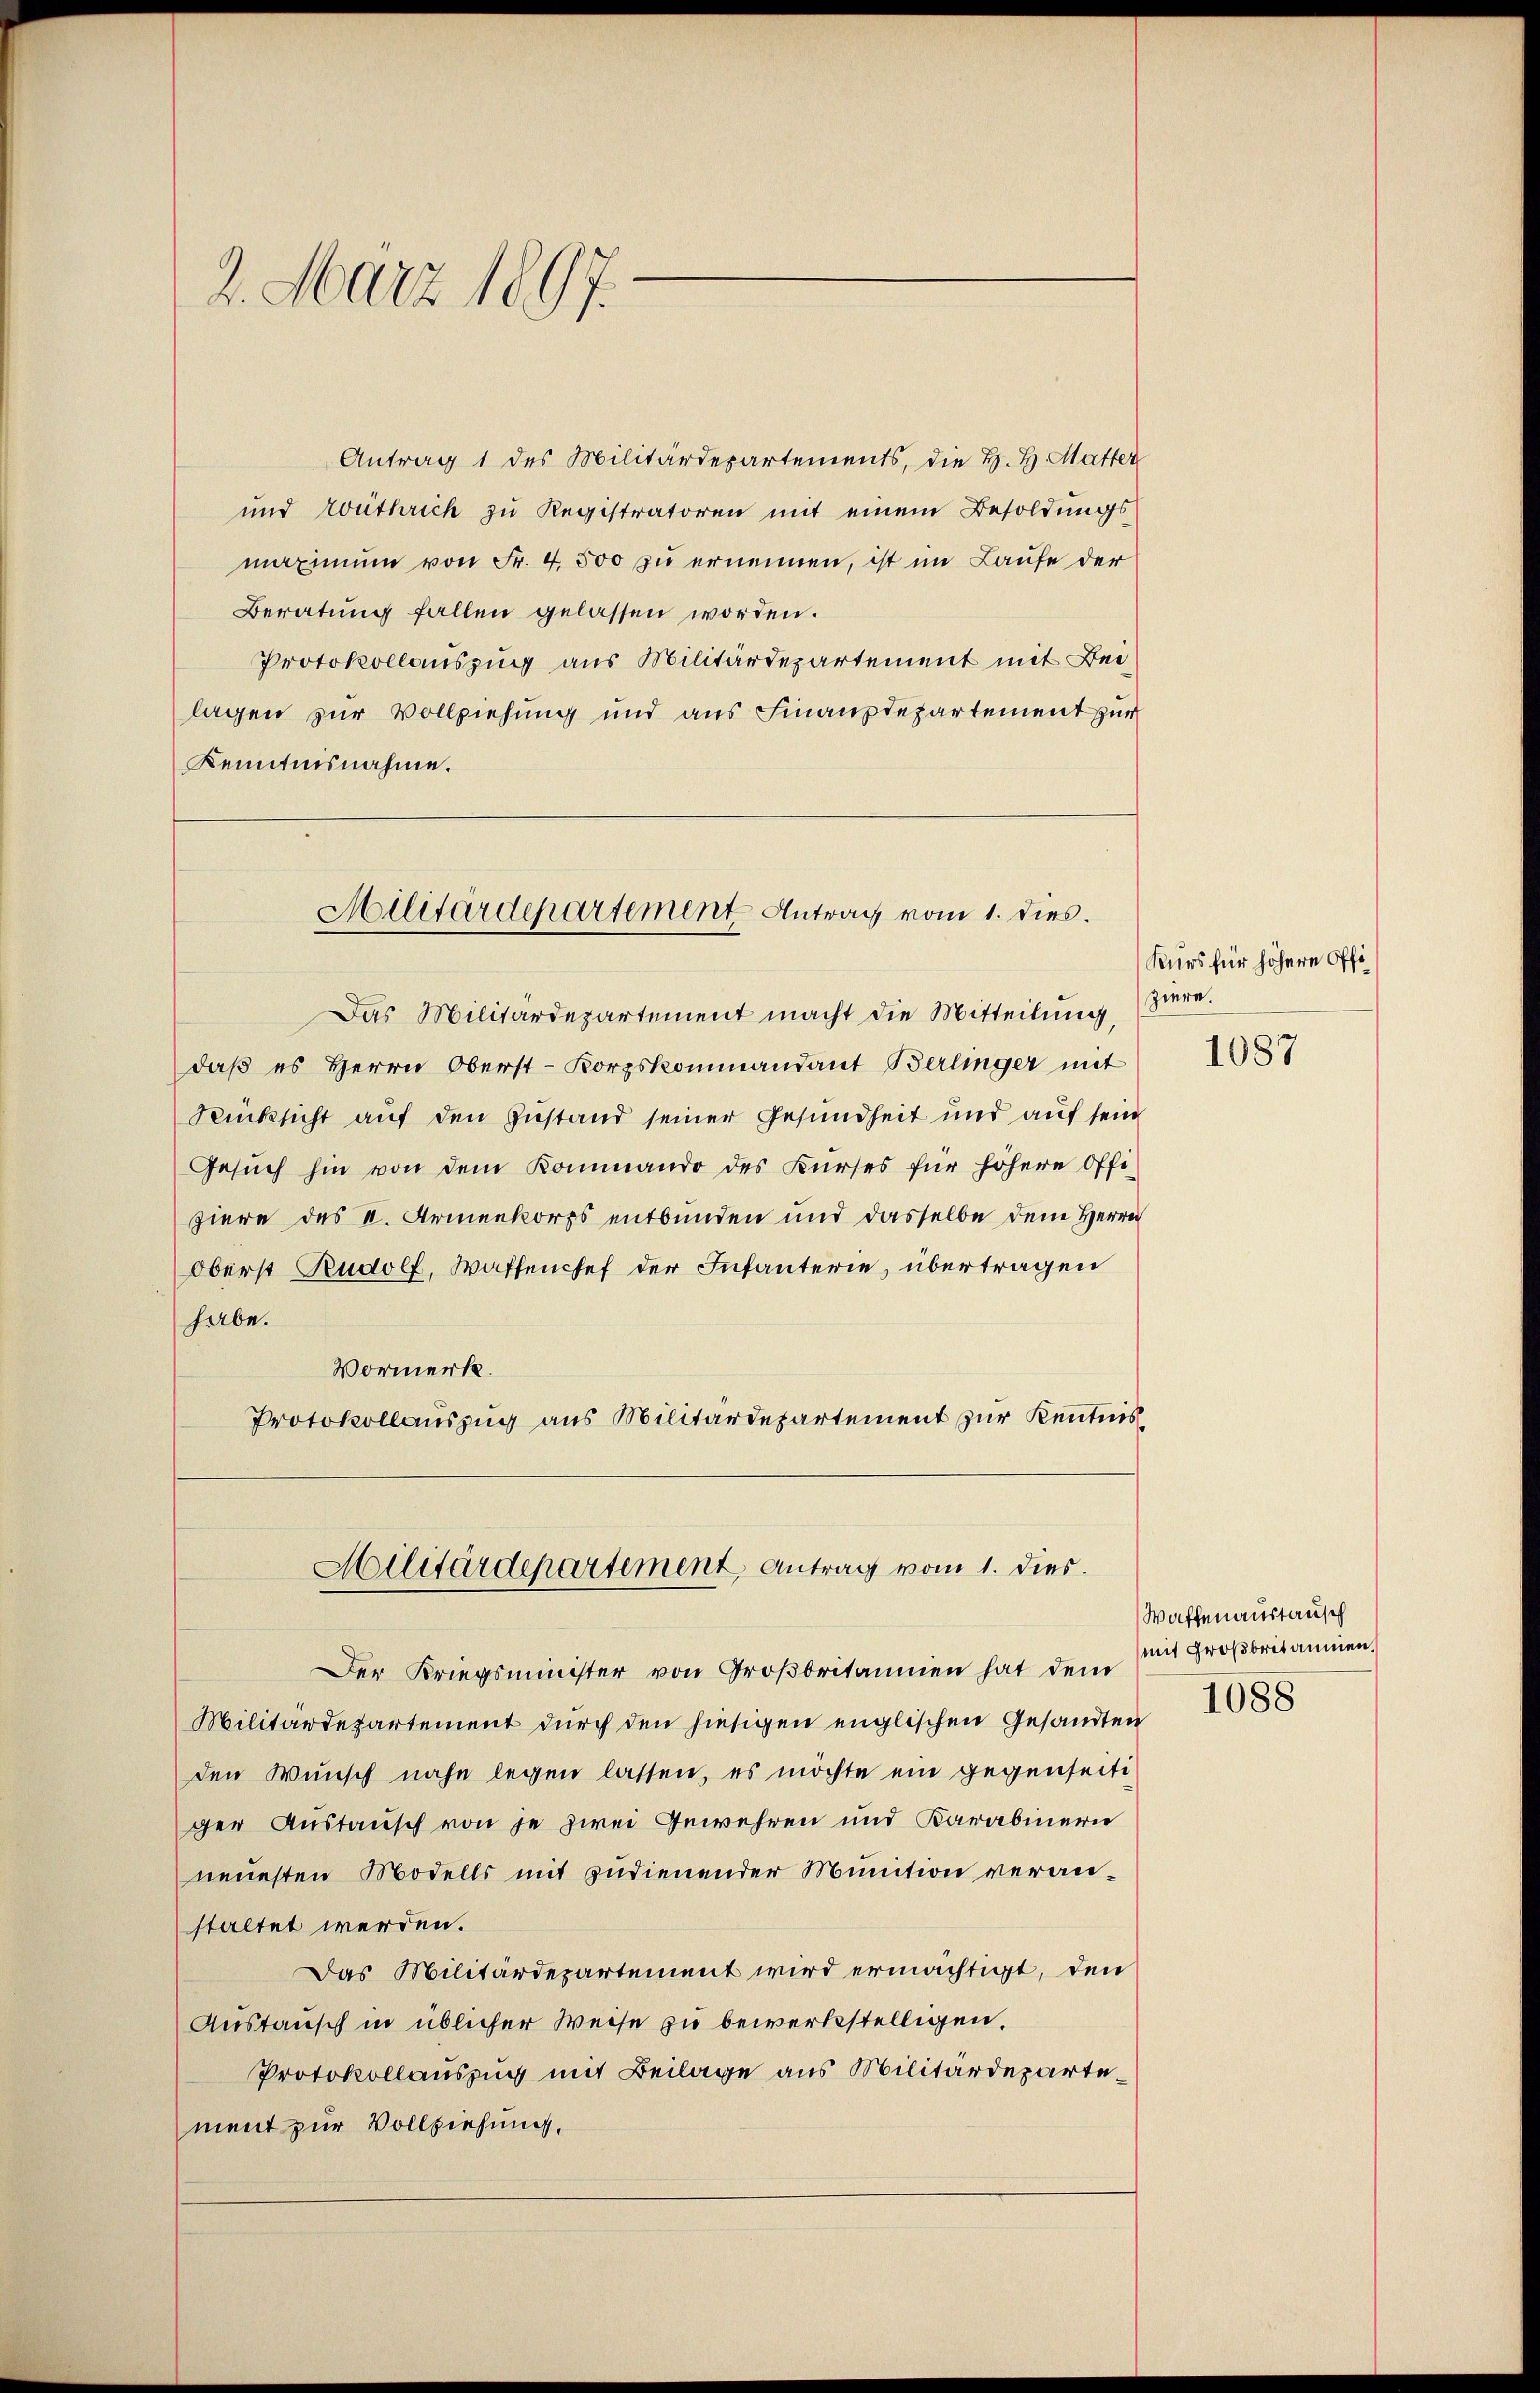
2. März 1897.

Antrag 1 des Militärdepartements, die H. H. Matter
und routhrich zu Registratoren mit einem Besoldungs-
maximum von Fr. 4500 zu ernennen, ist im Laufe der
Beratŭng fallen gelassen worden.
Protokollauszug aus Militärdepartement mit Beilagen zur Vollziehung und aus Finanzdepartement zur
Kenntnisnahme.

Militärdepartement Antrag vom 1. dies.

Das Militärdepartement macht die Mitteilŭng, ziere.
daβ es Herrn Oberst-Korpskommandant Berlinger mit
Rücksicht auf den Zustand seiner Gesundheit und auf sein
Gesŭch hin von dem Kommando des Kŭrses für höhere Offi-
ziere des I. Armenkorps entbunden und dasselbe dem Herrn
Oberst Rudolf, Waffenhef der Infanterie, übertragen
habe.
Vormerk.
Protokollauszug aus Militärdepartement zur Kenntnis

Militärdepartement, Antrag vom 1. dies

Der Kriegsminister von Großbritannien hat dem
Militärdepartement durch den hiesigen englischen Gesandten
den Wunsch nahe legen lassen, es möchte ein gegenseiti
ger Austausch von je zwei Gewehren und Karabinern
neuesten Modells mit zudienender Munition veranstaltet werden.
Das Militärdepartement wird ermächtigt, den
Austausch in üblicher Weise zu bewerkstelligen,
Protokollauszug mit Beilage aus Militärdepartement zur Vollziehung.

Kurs für höhere Offi¬

1087

Waffenaustausch
mit Großbritaumen.
1088